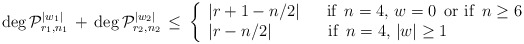
\begin{align*}\deg {\cal P}_{r_1,n_1}^{|w_1|}\,+\,\deg {\cal P}_{r_2,n_2}^{|w_2|}\,\le\, \left\{ \begin{array}{l}|r+1-n/2| \quad \ \textrm{ if $\,n = 4$, $w=0\,$ or if $\,n \ge 6$ }\\|r-n/2| \quad \qquad\, \textrm{ if $\,n =4$, $|w|\geq 1\,$}\\ \end{array} \right.\end{align*}